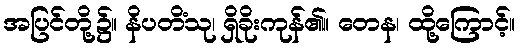
အပြင်တို့၌။ နိပတိံသု၊ ရှိခိုးကုန်၏။ တေန၊ ထို့ကြောင့်။